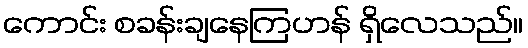
ကောင်း စခန်းချနေကြဟန် ရှိလေသည်။